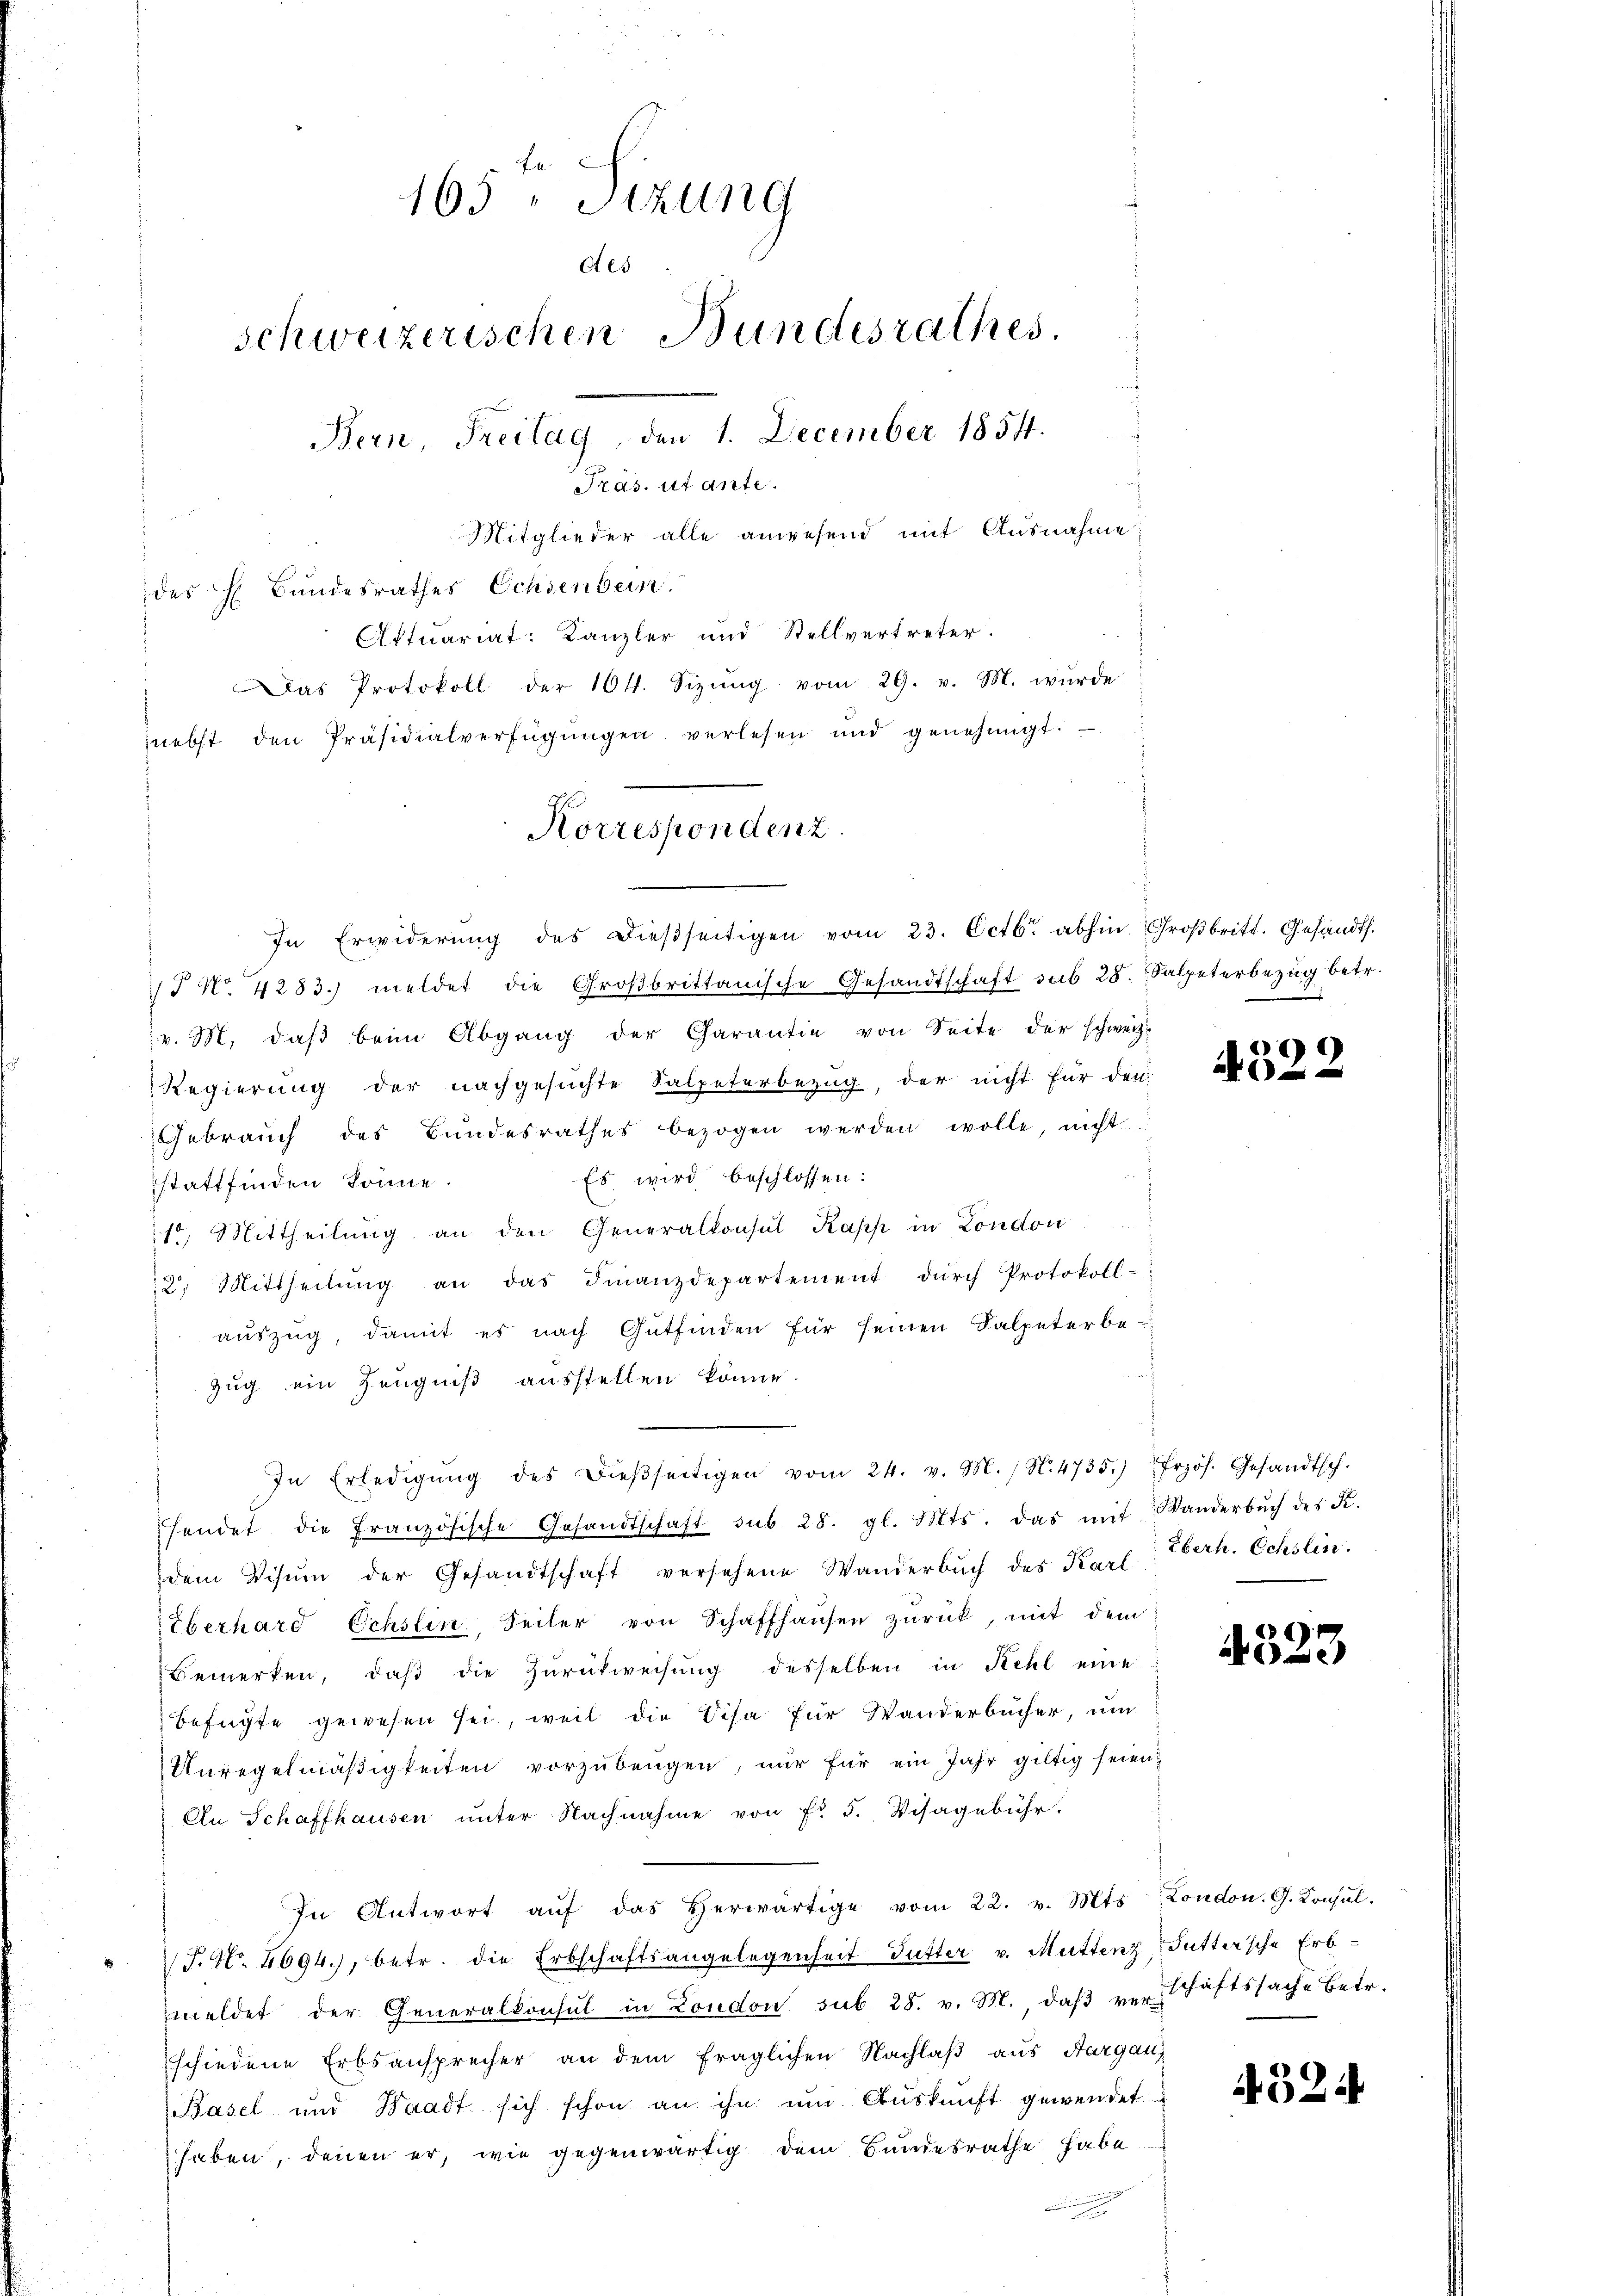
nebst den Präsidialverfügŭngen verlesen und genehmigt.
J No. 4283. meldet die Groβbrittanische Gesandtschaft sub 28. Salpeterbezug betr.
v. M. daβ beim Abgang der Carantie von Seite der schweiz.
Regierung der nachgesuchte Salpeterbezug, der nicht für den
Gebrauch des Bundesrathes bezogen werden wolle, nicht
Es wird beschlossen:
stattfinden könne.
1o. Mittheilung an den Generalkonsul Kapp in London
2. Mittheilŭng an das Finanzdepartement dŭrch Protokoll-
auszug, damit es nach Gutfinden für seinen Falpeterbe-
Zug ein Zeugniß ausstellen könne.
In Erledigŭng des dieβseitigen vom 24. v. M., N. 4735.) " frzös. Gesandtsch.
hendet die Französische Gesandtschaft sub 28. gl. Mts. das mit Wanderbŭch des K.
dem Visum der Gesandtschaft versehene Wanderbŭch des Karl Eberh. Ochslin.
Eberhard Echslin. Seiler von Schaffhaŭsen zŭrück, mit dem
Bemerken, daβ die Zurückweisung desselben in Kehl eine
befügte gewesen sei, weil die Visa für Wanderbücher, um
Unregelmäßigkeiten vorzubeugen, nur für ein Jahr giltig seien
An Schaffhausen unter Nachnahme von Fr. 5. Visagebühr.
In Antwort aŭf das herwärtige vom 22. v. Mts.
S. Nr. 2694), betr. die Erbschaftsangelegenheit Futter v. Muttenz, Futtersche Erb-
meldet der Generalkonsul in London sub 28. v. M., daβ verschaftssache betr.
schiedene Erbsansprecher an dem fraglichen Nachlaß aus Aargau
Basel und Waadt sich schon an ihn um Auskunft gewendet.
haben, denen er, wie gegenwärtig dem Bundesrathe habe

Le
165 " Stzung
Aes
schweizerischen Bundesrathes.
Bern Freitag, den 1. December 1854.
Pras. ut ante.
Mitglieder alle anwesend mit Ausnahme
des H. Bundesrathes Ochsenbein.
Actuariat: Kanzler und Stellvertreter.
Das Protokoll der 104. Sizŭng vom 29. v. M. wurde

Korrespondenz.
In Erwiderŭng des dieβseitigen vom 23. Octbr. abhin Großbritt. Gesandts.

4522

4523

London. G. Konsul

4524